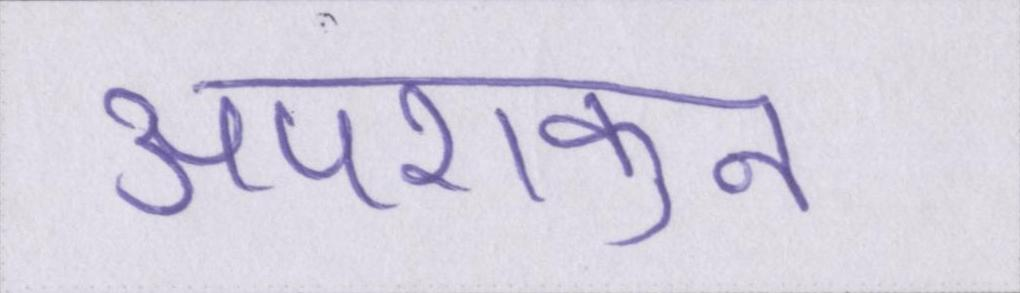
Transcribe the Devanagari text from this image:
अपशकुन